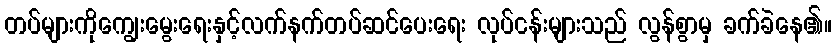
တပ်များကိုကျွေးမွေးရေးနှင့်လက်နက်တပ်ဆင်ပေးရေး လုပ်ငန်းများသည် လွန်စွာမှ ခက်ခဲနေ၏။